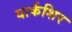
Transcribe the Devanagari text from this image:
यार्कशिर